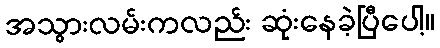
အသွားလမ်းကလည်း ဆုံးနေခဲ့ပြီပေါ့။